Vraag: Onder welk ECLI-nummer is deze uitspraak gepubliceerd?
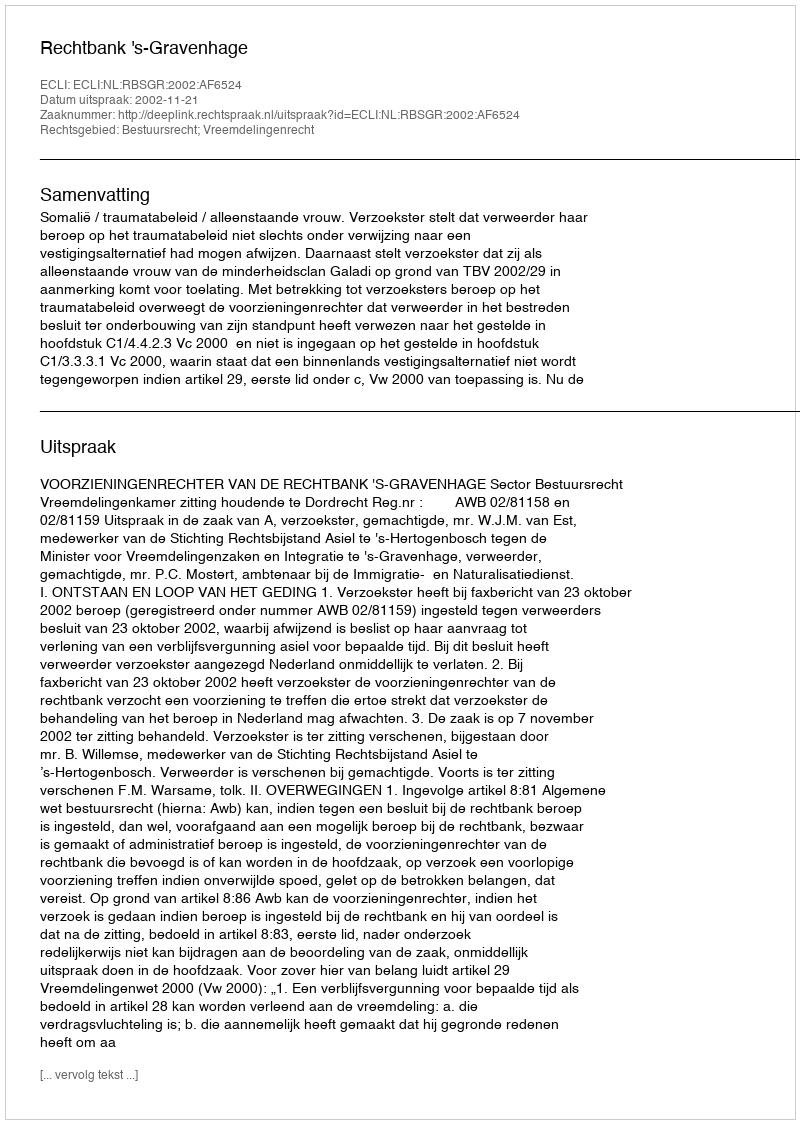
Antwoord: ECLI:NL:RBSGR:2002:AF6524